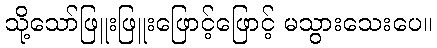
သို့သော်ဖြူးဖြူးဖြောင့်ဖြောင့် မသွားသေးပေ။